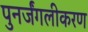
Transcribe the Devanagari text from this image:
पुनर्जंगलीकरण